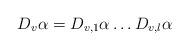
LaTeX: \begin{align*} D_v\alpha = D_{v, 1}\alpha \dots D_{v, l}\alpha\end{align*}